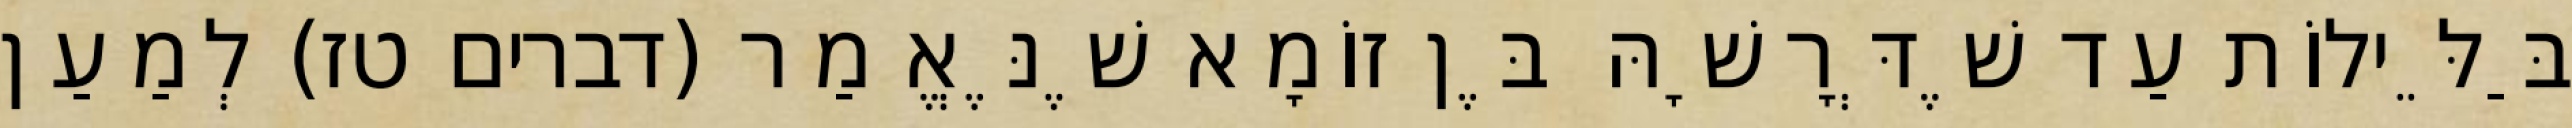
בַּלֵּילוֹת עַד שֶׁדְּרָשָׁהּ בֶּן זוֹמָא שֶׁנֶּאֱמַר (דברים טז) לְמַעַן